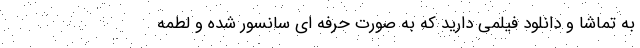
به تماشا و دانلود فیلمی دارید که به صورت حرفه ای سانسور شده و لطمه